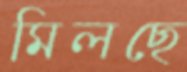
মিলছে